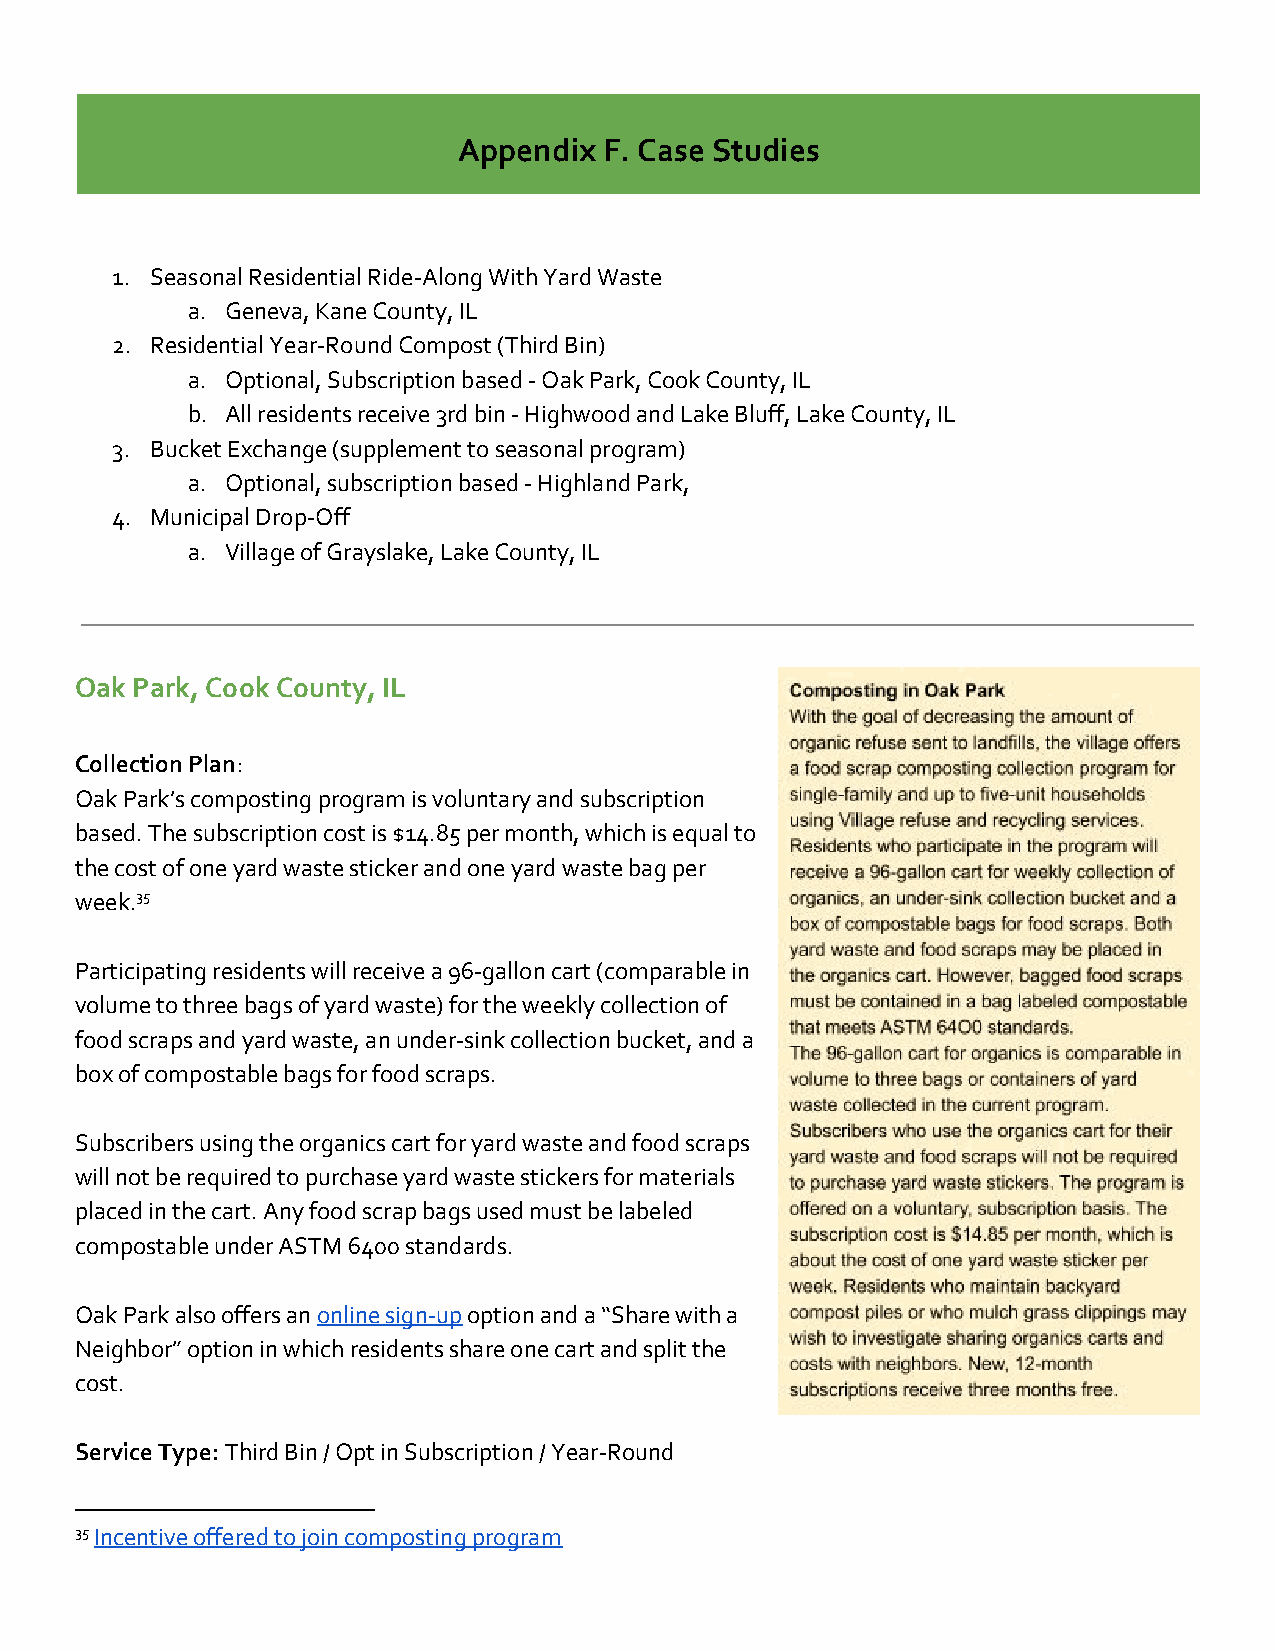
Appendix  F. Case Studies
 ​
 1. Seasonal Residential Ride-Along With Yard Waste
 a. Geneva, Kane County, IL
 2. Residential Year-Round Compost (Third Bin)
 a. Optional, Subscription based - Oak Park, Cook County, IL
 b. All residents receive 3rd bin - Highwood and Lake Bluff, Lake County, IL
 3. Bucket Exchange (supplement to seasonal program)
 a. Optional, subscription based - Highland Park,
 4. Municipal Drop-Off
 a. Village of Grayslake, Lake County, IL
 Oak Park, Cook County, IL
 Collection Plan:
 ​
 Oak Park’s composting program is voluntary and subscription
 based. The subscription cost is $14.85 per month, which is equal to
 the cost of one yard waste sticker and one yard waste bag per
 week.35
 Participating residents will receive a 96-gallon cart (comparable in
 volume to three bags of yard waste) for the weekly collection of
 food scraps and yard waste, an under-sink collection bucket, and a
 box of compostable bags for food scraps.
 Subscribers using the organics cart for yard waste and food scraps
 will not be required to purchase yard waste stickers for materials
 placed in the cart. Any food scrap bags used must be labeled
 compostable under ASTM 6400 standards.
 Oak Park also offers an online sign-up option and a “Share with a
 ​         ​
 Neighbor” option in which residents share one cart and split the
 cost.
 Service Type:Third Bin / Opt in Subscription / Year-Round
 35 Incentive offered to join composting program
 ​